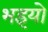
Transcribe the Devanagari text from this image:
भइयो